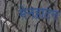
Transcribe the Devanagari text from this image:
मेनहाटन